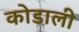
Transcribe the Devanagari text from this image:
कोडाली